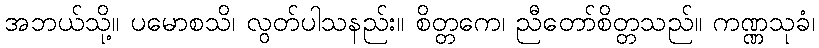
အဘယ်သို့။ ပမောစသိ၊ လွတ်ပါသနည်း။ စိတ္တကေ၊ ညီတော်စိတ္တသည်။ ကဏ္ဏသုခံ၊